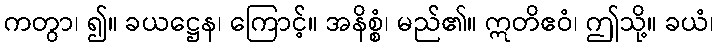
ကတွာ၊ ၍။ ခယဋ္ဌေန၊ ကြောင့်။ အနိစ္စံ၊ မည်၏။ ဣတိဧဝံ၊ ဤသို့။ ခယံ၊